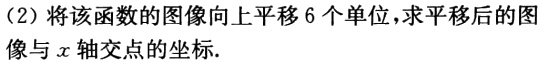
（2）将该函数的图像向上平移 6 个单位，求平移后的图像与\(x\)轴交点的坐标.